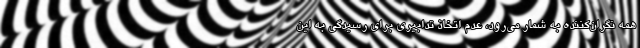
همه نگران‌کننده به شمار می‌رود، عدم اتخاذ تدابیری برای رسیدگی به این